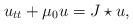
LaTeX: \begin{align*} u _ { t t } + \mu _ 0 u = J \star u ,\end{align*}